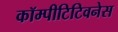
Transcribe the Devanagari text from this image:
कॉम्पीटिटिवनेस